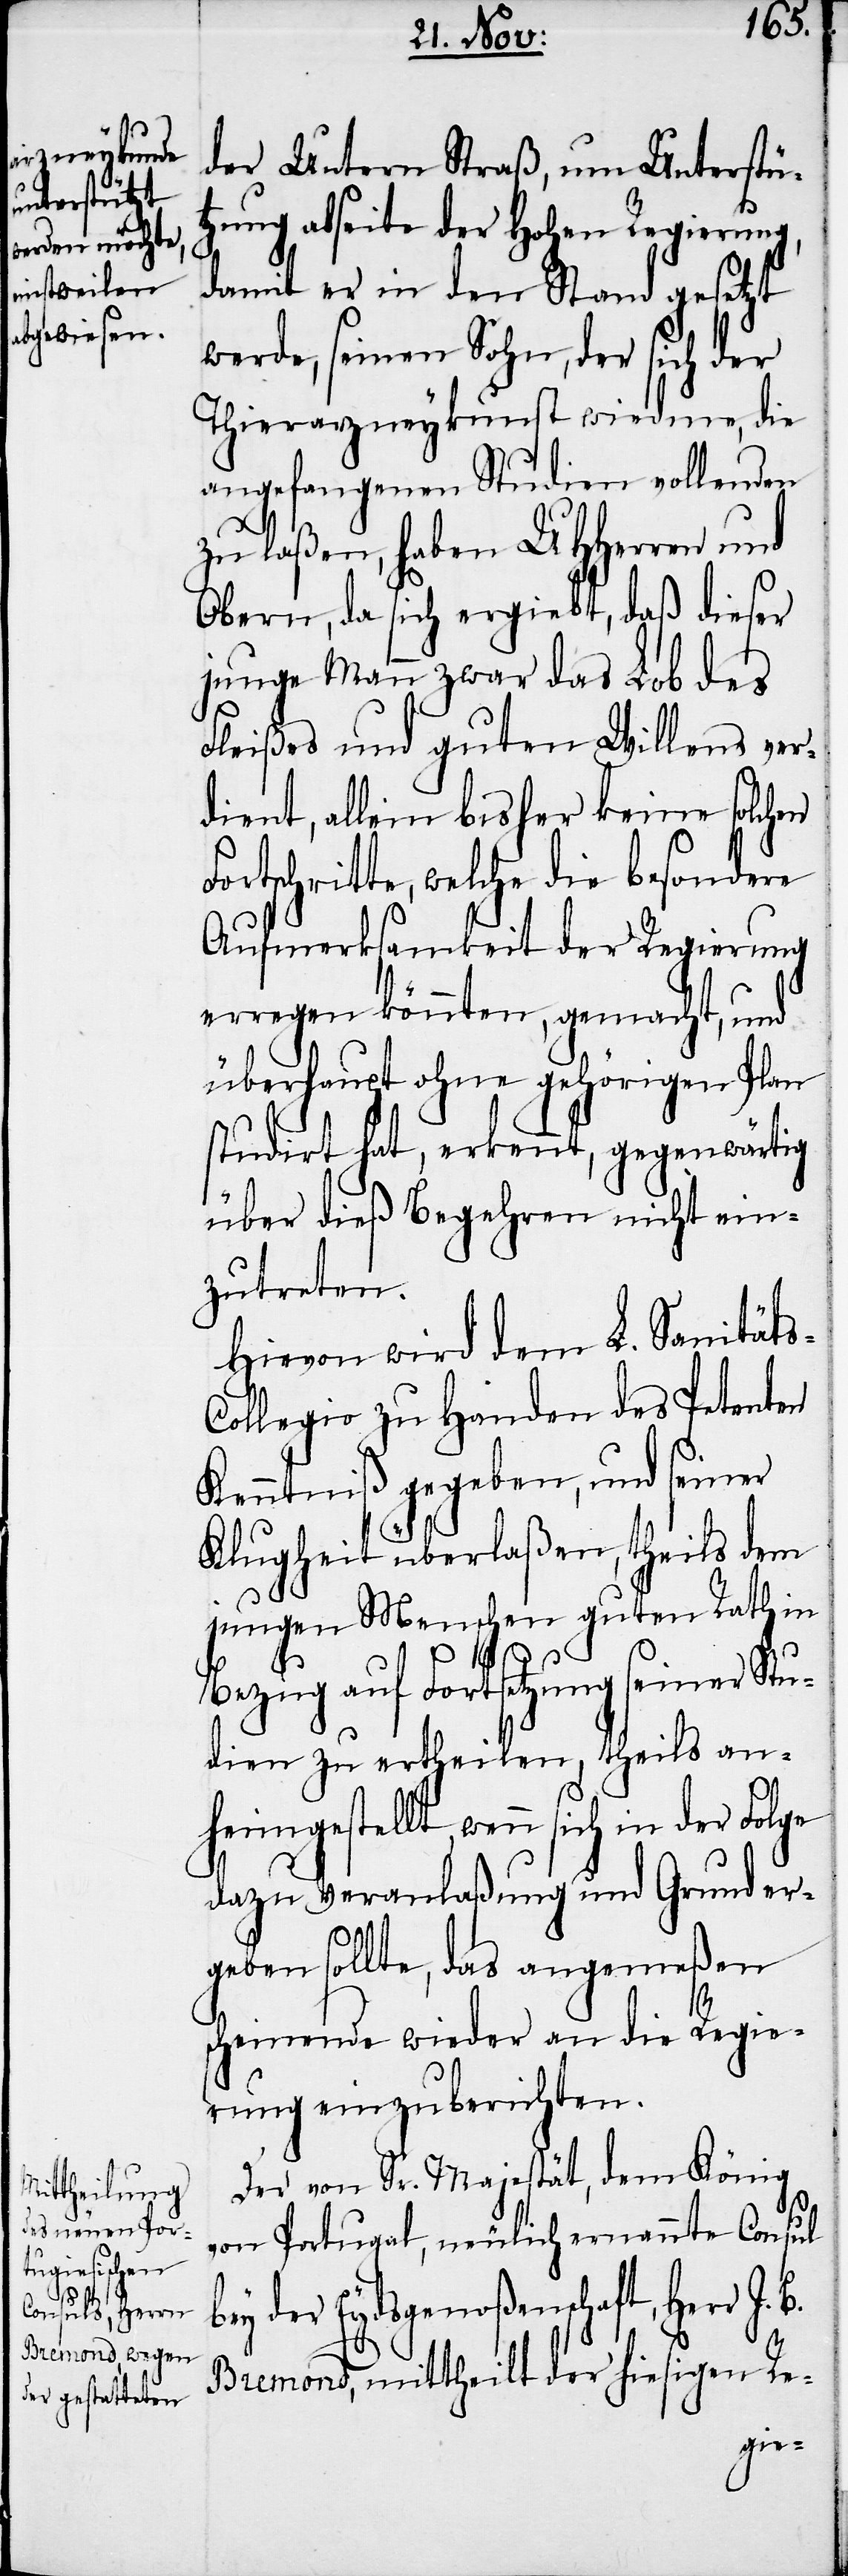
heimgestel¬

der Untern Straß, um Unterstü¬
tzung abseite der Hohen Regierung,
damit er in den Stand gesetzt
werde, seinen Sohn, der sich der
Thierarzneykunst wiedme, die
angefangenen Studien vollenden
zu laßen, haben UHHerren und
Obern, da sich ergiebt, daß dieser
junge Mann zwar das Lob des
Fleißes und guten Willens ver¬
dient, allein bisher keine solchen
ortschritte, welche die besondere
Aufmerksamkeit der Regierung
erregen könnten, gemacht, und
überhaupt ohne gehörigen Plan
studirt hat, erkennt, gegenwärtig
lt,
über dieß Begehren nicht ein¬
zutreten.
Hievon wird dem L. Sanität¬
ollegio zu Handen des Petenten
Kenntniß gegeben, und seiner
Klugheit überlaßen, theils dem
jungen Menschen guten Rath in
Bezug auf Fortsetzung seiner Stu¬
dien zu ertheilen, theils an¬
dazu Veranlaßung und Grund er¬
geben sollte, das angemeßen
scheinende wieder an die Regie¬
rung einzuberichten.
Der von Sr. Majestät, dem König
von Portugal, neulich ernannte Consul
ey der Eydsgenoßenschaft, Herr J.
B.
Bremond, mittheilt der hiesigen Re-